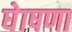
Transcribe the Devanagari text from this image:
घेाषणा